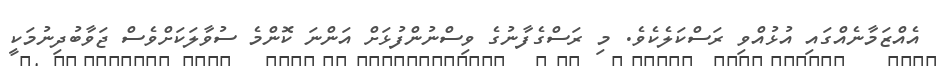
އެއްޒަމާނެއްގައި އުޅުއްވި ރަސްކަލެކެވެ. މި ރަސްގެފާނުގެ ވިސްނުންފުޅަށް އަންނަ ކޮންމެ ސުވާލަކަށްވެސް ޖަވާބުދިނުމަކީ